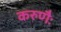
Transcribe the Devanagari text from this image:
करुणैः